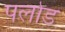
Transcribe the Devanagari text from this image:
पलोड